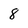
Character: 8